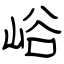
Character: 峪